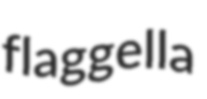
flaggella